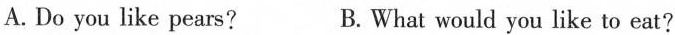
A. Do you like pears? B. What would you like to eat?